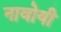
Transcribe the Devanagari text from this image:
नावोयी